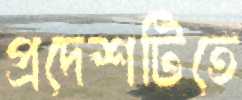
প্রদেশটিতে